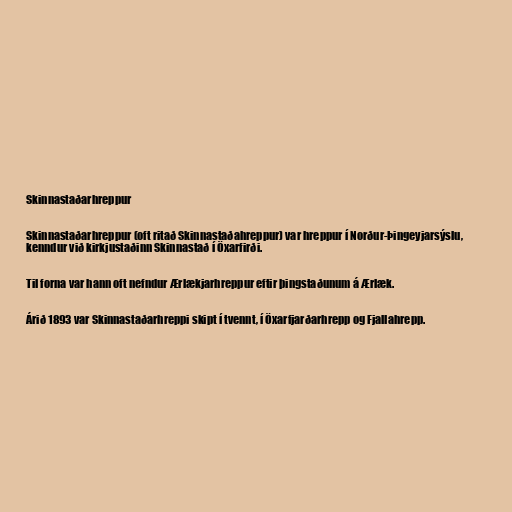
Skinnastaðarhreppur

Skinnastaðarhreppur (oft ritað Skinnastaðahreppur) var hreppur í Norður-Þingeyjarsýslu,
kenndur við kirkjustaðinn Skinnastað í Öxarfirði.

Til forna var hann oft nefndur Ærlækjarhreppur eftir þingstaðunum á Ærlæk.

Árið 1893 var Skinnastaðarhreppi skipt í tvennt, í Öxarfjarðarhrepp og Fjallahrepp.